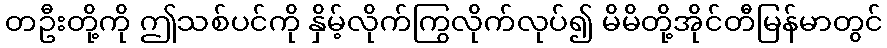
တဦးတို့ကို ဤသစ်ပင်ကို နှိမ့်လိုက်ကြွလိုက်လုပ်၍ မိမိတို့အိုင်တီမြန်မာတွင်